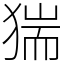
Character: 猯